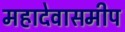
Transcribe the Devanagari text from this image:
महादेवासमीप